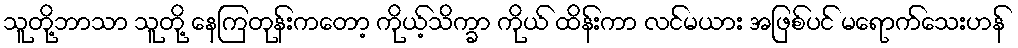
သူတို့ဘာသာ သူတို့ နေကြတုန်းကတော့ ကိုယ့်သိက္ခာ ကိုယ် ထိန်းကာ လင်မယား အဖြစ်ပင် မရောက်သေးဟန်